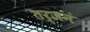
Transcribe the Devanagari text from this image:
तर्जनं